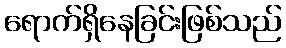
ရောက်ရှိနေခြင်းဖြစ်သည်